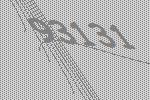
93131